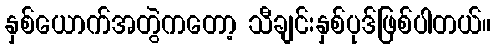
နှစ်ယောက်အတွဲကတော့ သီချင်းနှစ်ပုဒ်ဖြစ်ပါတယ်။